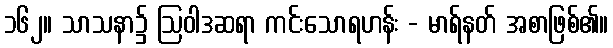
၁၆၂။ သာသနာ၌ ဩဝါဒဆရာ ကင်းသောရဟန်း - မာရ်နတ် အစာဖြစ်၏။